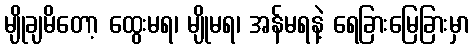
မျိုချမိတော့ ထွေးမရ၊ မျိုမရ၊ အန်မရနဲ့ ရေခြားမြေခြားမှာ